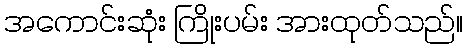
အကောင်းဆုံး ကြိုးပမ်း အားထုတ်သည်။